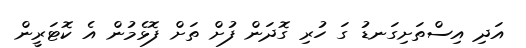
އަދި އިސްތަށިގަނޑު ގަ ހުރި ގޮދަން ފުށް ތަށް ފޮޅެމުން އެ ކޮޓަރީން